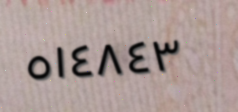
٥١٤٨٤٣